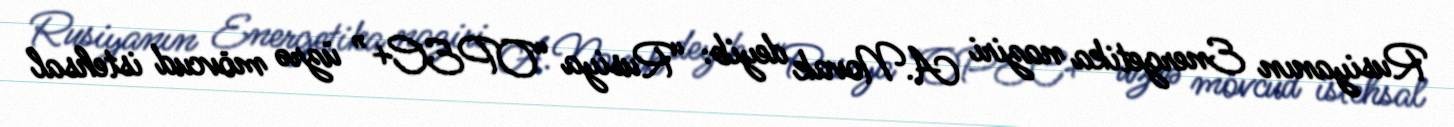
Rusiyanın Energetika naziri A.Novak deyib: “Rusiya “OPEC+” üzrə mövcud istehsal